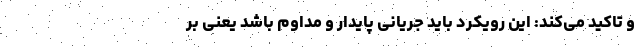
و تاکید می‌کند: این رویکرد باید جریانی پایدار و مداوم باشد یعنی بر